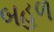
બહળ